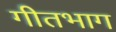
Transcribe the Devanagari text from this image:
गीतभाग